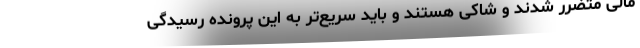
مالی متضرر شدند و شاکی هستند و باید سریع‌تر به این پرونده رسیدگی